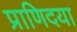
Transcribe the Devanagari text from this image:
प्राणिदया